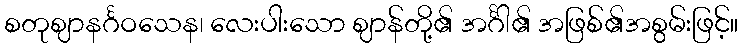
စတုဈာနင်္ဂဝသေန၊ လေးပါးသော ဈာန်တို့၏ အင်္ဂါ၏ အဖြစ်၏အစွမ်းဖြင့်။